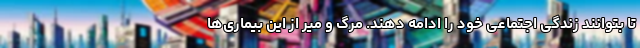
تا بتوانند زندگی اجتماعی خود را ادامه دهند. مرگ و میر از این بیماری‌ها